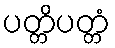
ပတ္တိပတ္တံ